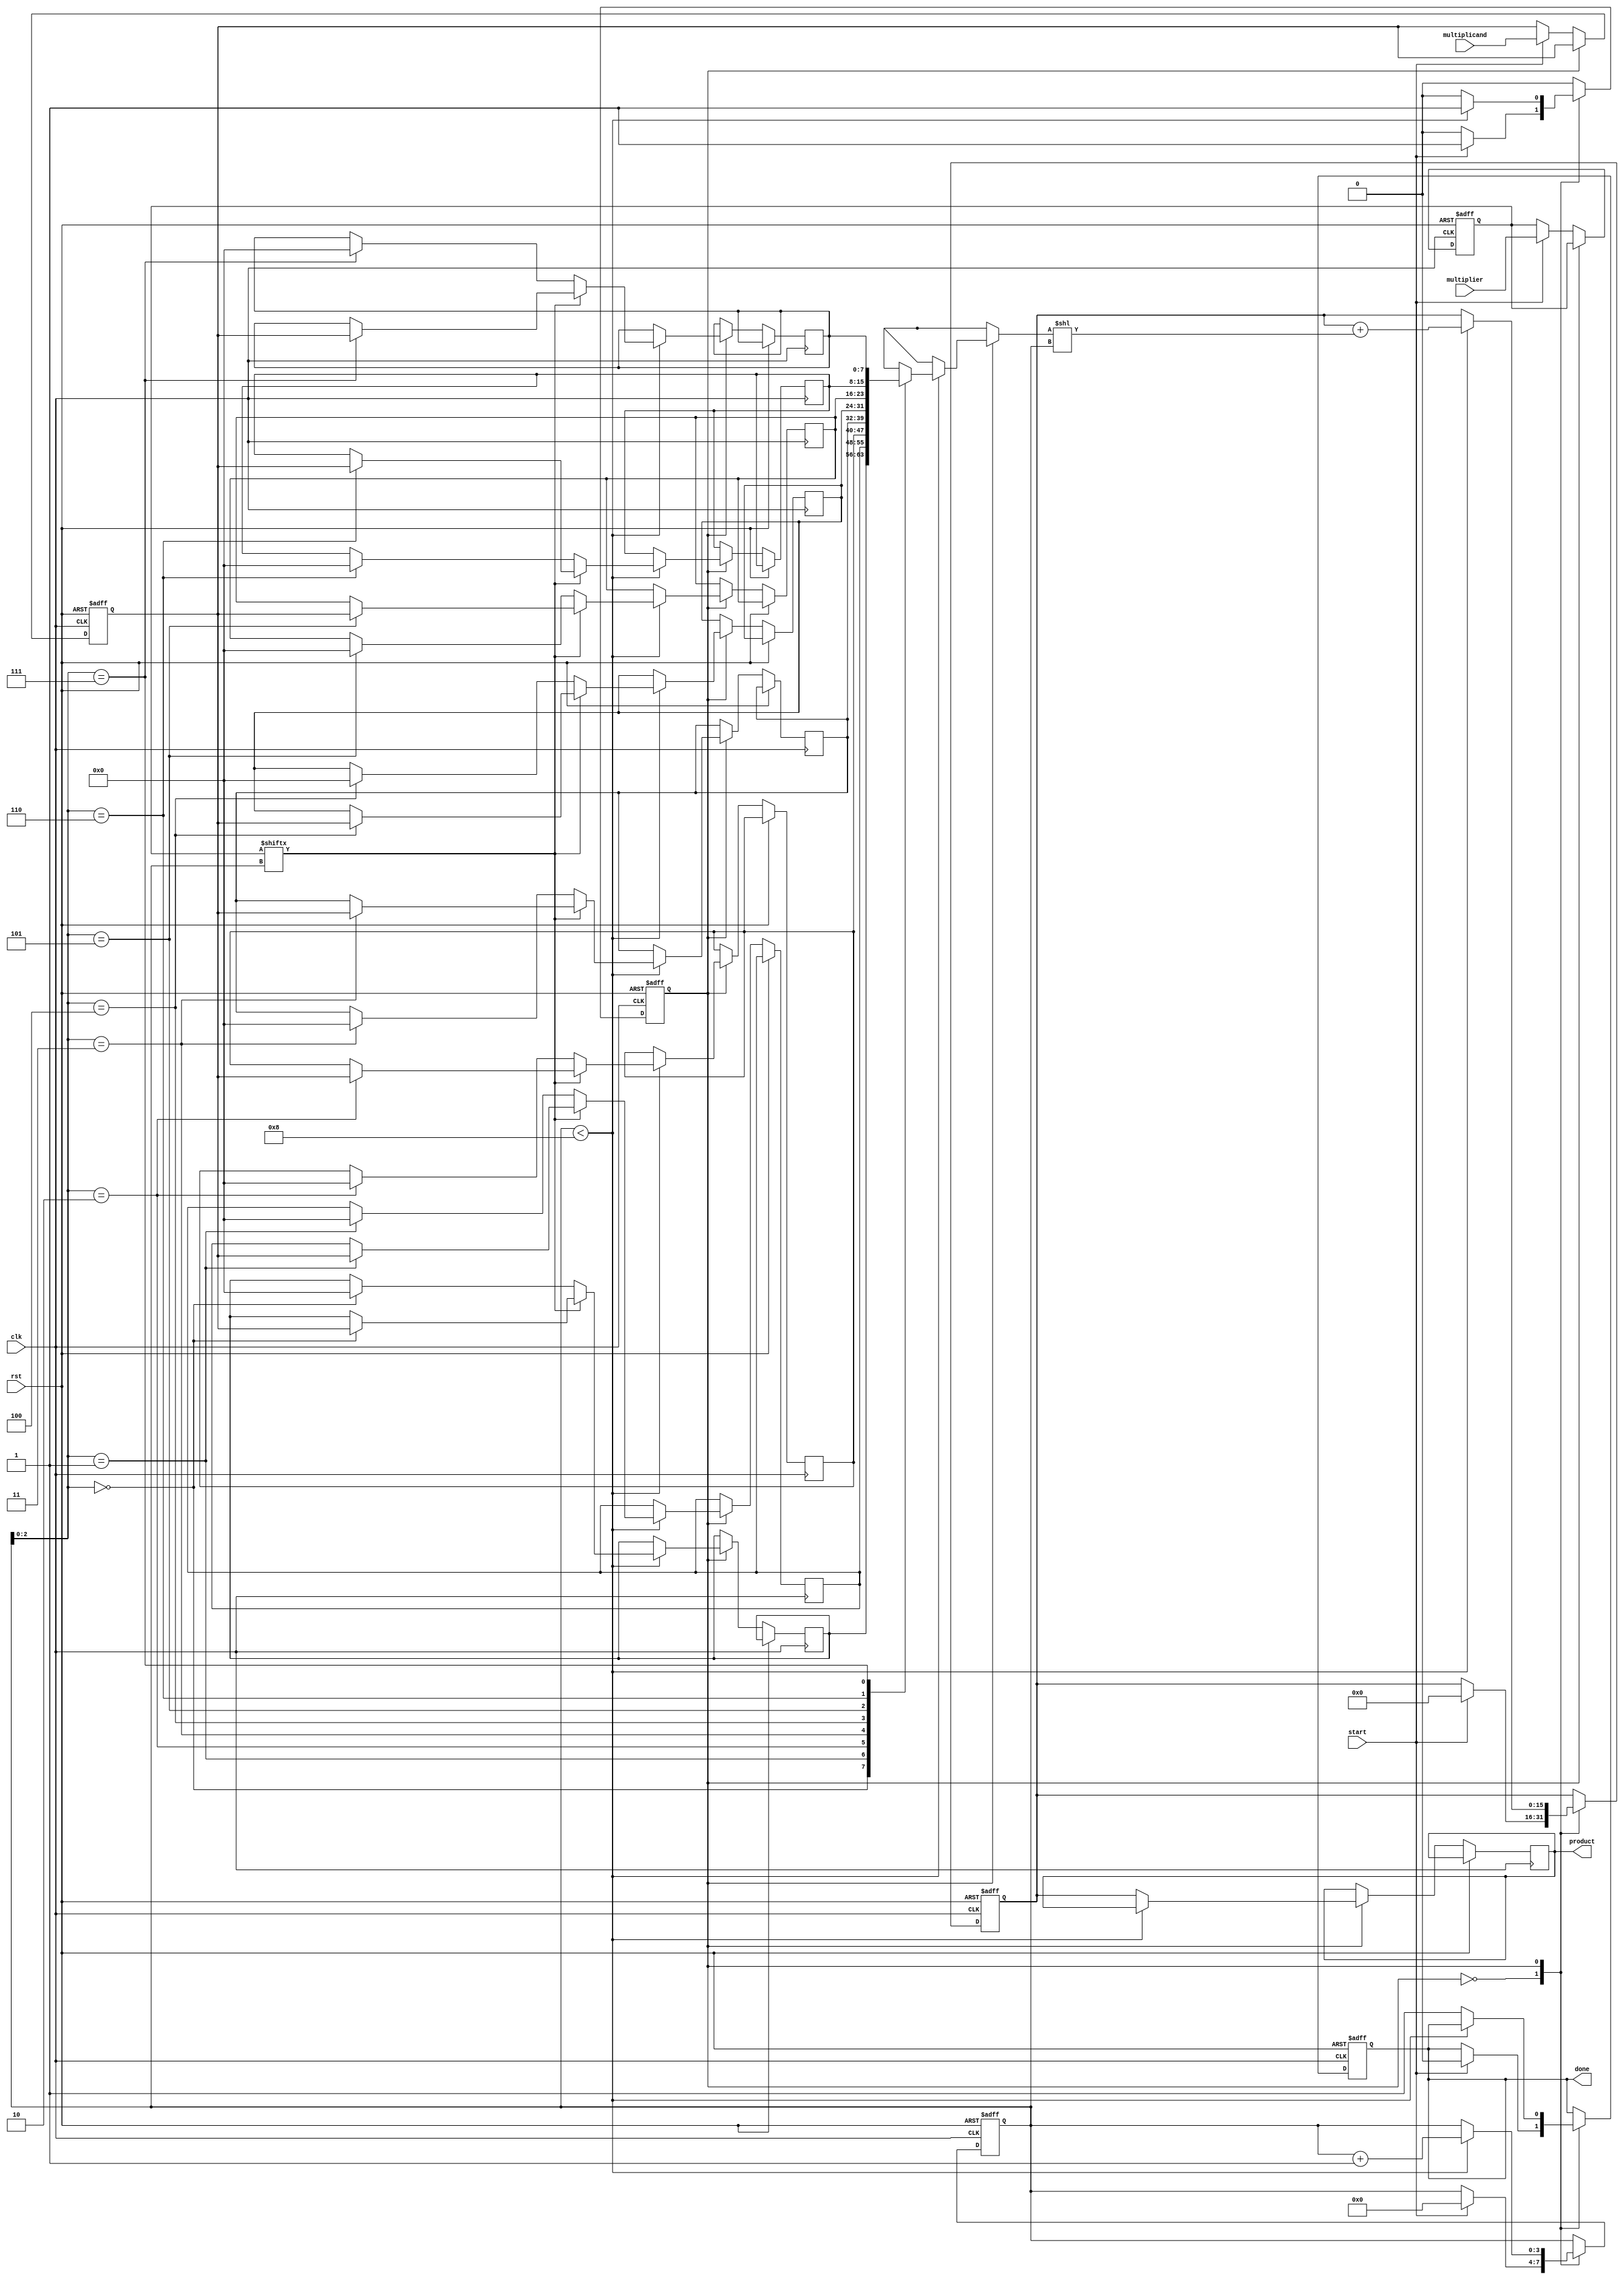
module radix2_multiplier #(parameter WIDTH = 8) (
    input wire clk,
    input wire rst,
    input wire [WIDTH-1:0] multiplicand,
    input wire [WIDTH-1:0] multiplier,
    input wire start,
    output reg [2*WIDTH-1:0] product,
    output reg done
);

    reg [WIDTH-1:0] A; // Multiplicand
    reg [WIDTH-1:0] B; // Multiplier
    reg [2*WIDTH-1:0] P; // Product
    reg [WIDTH-1:0] partial_product [0:WIDTH-1]; // Partial products
    reg [3:0] count; // Counter for the number of bits processed
    reg state; // State variable for control logic

    // State definitions
    localparam IDLE = 1'b0, COMPUTE = 1'b1;

    // Sequential logic for state management and product calculation
    always @(posedge clk or posedge rst) begin
        if (rst) begin
            A <= 0;
            B <= 0;
            P <= 0;
            count <= 0;
            done <= 0;
            state <= IDLE;
        end else begin
            case (state)
                IDLE: begin
                    if (start) begin
                        A <= multiplicand;
                        B <= multiplier;
                        P <= 0;
                        count <= 0;
                        done <= 0;
                        state <= COMPUTE;
                    end
                end
                
                COMPUTE: begin
                    if (count < WIDTH) begin
                        // Generate partial product
                        if (B[count]) begin
                            partial_product[count] <= A; // If the bit is 1, store the multiplicand
                        end else begin
                            partial_product[count] <= 0; // If the bit is 0, store 0
                        end
                        // Shift and add
                        P <= P + (partial_product[count] << count);
                        count <= count + 1;
                    end else begin
                        product <= P; // Store the final product
                        done <= 1; // Indicate that multiplication is done
                        state <= IDLE; // Go back to IDLE state
                    end
                end
            endcase
        end
    end
endmodule